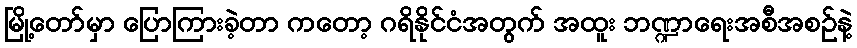
မြို့တော်မှာ ပြောကြားခဲ့တာ ကတော့ ဂရိနိုင်ငံအတွက် အထူး ဘဏ္ဍာရေးအစီအစဉ်နဲ့